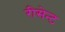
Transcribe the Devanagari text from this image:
रीसेन्ट